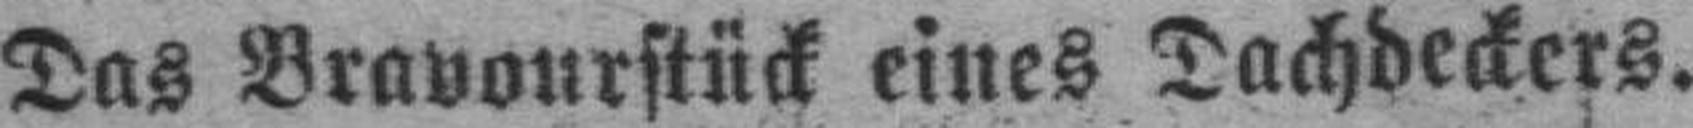
Das Bravourstück eines Dachdeckers.